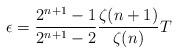
LaTeX: \begin{align*}\epsilon=\frac{2^{n+1}-1}{2^{n+1}-2}\frac{\zeta(n+1)}{\zeta(n)}T\end{align*}